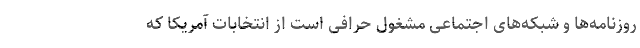
روزنامه‌ها و شبکه‌های اجتماعی مشغول حرافی است از انتخابات آمریکا که